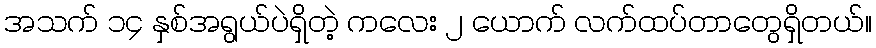
အသက် ၁၄ နှစ်အရွယ်ပဲရှိတဲ့ ကလေး ၂ ယောက် လက်ထပ်တာတွေရှိတယ်။